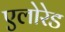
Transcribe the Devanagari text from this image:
एलोरेड